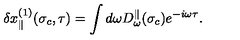
\delta x _ { \parallel } ^ { ( 1 ) } ( \sigma _ { c } , \tau ) = \int d \omega D _ { \omega } ^ { \parallel } ( \sigma _ { c } ) e ^ { - i \omega \tau } .